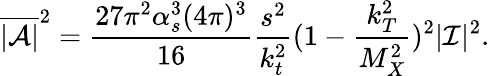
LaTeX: \overline{{{|{\cal A}|}}}^{2}=\frac{27\pi^{2}\alpha_{s}^{3}(4\pi)^{3}}{16}\frac{s^{2}}{k_{t}^{2}}(1-\frac{k_{T}^{2}}{M_{X}^{2}})^{2}|{\cal I}|^{2}.